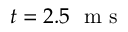
t = 2 . 5 \ \mathrm { ~ m ~ s ~ }